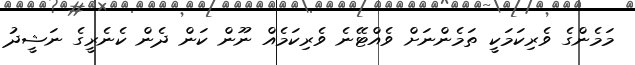
މަމެންގެ ވެރިކަމަކީ ތަމެންނަށް ވެއްޓޭނެ ވެރިކަމެއް ނޫން ކަން ދެން ކެނެރީގެ ނަޝީދު